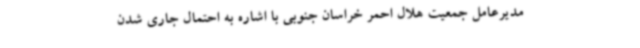
مدیرعامل جمعیت هلال احمر خراسان جنوبی با اشاره به احتمال جاری شدن